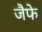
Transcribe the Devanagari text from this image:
जैफे